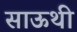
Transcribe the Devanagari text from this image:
साऊथी